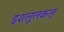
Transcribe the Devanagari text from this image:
इशलुलकल्